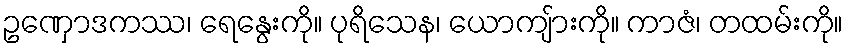
ဥဏှောဒကဿ၊ ရေနွေးကို။ ပုရိသေန၊ ယောကျ်ားကို။ ကာဇံ၊ တထမ်းကို။